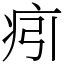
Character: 㽼